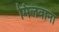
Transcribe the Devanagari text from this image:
मिलवाना